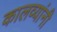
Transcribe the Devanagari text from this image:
कालव्यांनी